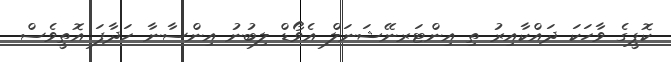
ކޮޕީގެ ވާހަކަ ދައްކާއިރު ތި އިންޓަރނޭޝަނަލް އެވޯޑް ލިބުނު އިންސާނާ ހަދާފަ އޮތީވެސް